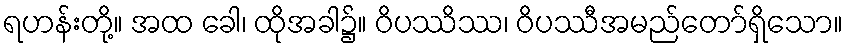
ရဟန်းတို့။ အထ ခေါ၊ ထိုအခါ၌။ ဝိပဿိဿ၊ ဝိပဿီအမည်တော်ရှိသော။